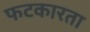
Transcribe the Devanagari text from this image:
फटकारता